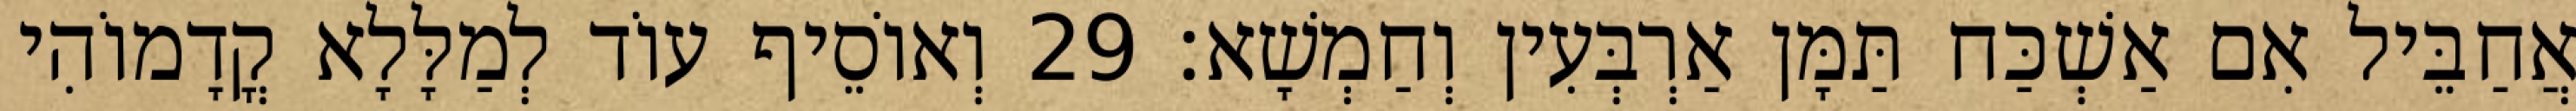
אֲחַבֵּיל אִם אַשְׁכַּח תַּמָּן אַרְבְּעִין וְחַמְשָׁא׃ 29 וְאוֹסֵיף עוֹד לְמַלָּלָא קֳדָמוֹהִי